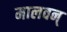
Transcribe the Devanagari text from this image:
मालवन्